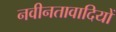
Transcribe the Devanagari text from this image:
नवीनतावादियों